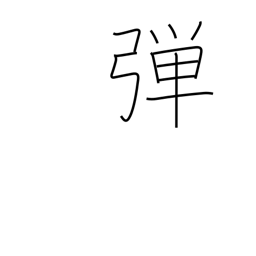
Meaning: twang